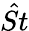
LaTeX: \hat{St}